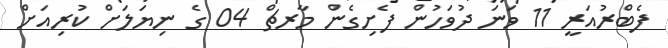
ފެބްރުއަރީ 11 ވަނަ ދުވަހުން ފެށިގެން މާރޗް 04 ގެ ނިޔަލަށް ކުރިއަށް